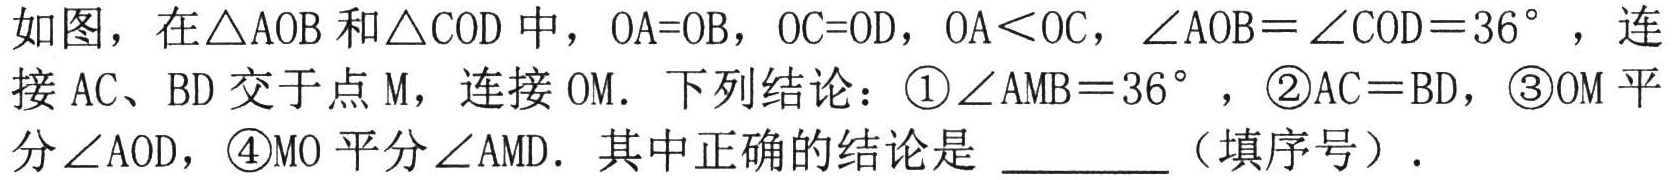
如图，在\(\triangle AOB\)和\(\triangle COD\)中，\(OA = OB\)，\(OC = OD\)，\(OA<OC\)，\(\angle AOB=\angle COD = 36^{\circ}\)，连接\(AC\)、\(BD\)交于点\(M\)，连接\(OM\)．下列结论：\textcircled{1}\(\angle AMB = 36^{\circ}\)，\textcircled{2}\(AC = BD\)，\textcircled{3}\(OM\)平分\(\angle AOD\)，\textcircled{4}\(MO\)平分\(\angle AMD\)．其中正确的结论是 \underline{\quad\quad}（填序号）．